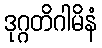
ဒုဂ္ဂတိဂါမိနံ